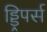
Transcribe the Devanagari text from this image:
ड्ड्रिपर्स